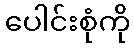
ပေါင်းစုံကို